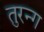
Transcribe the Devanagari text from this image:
तुरन्ग